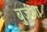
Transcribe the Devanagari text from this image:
बुर्ज़ुआ